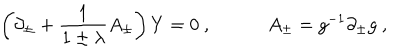
LaTeX: \left( \partial _ { \pm } + { \frac { 1 } { 1 \pm \lambda } } A _ { \pm } \right) Y = 0 \ , \quad \quad \quad A _ { \pm } = g ^ { - 1 } \partial _ { \pm } g \ ,